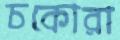
চকোরা